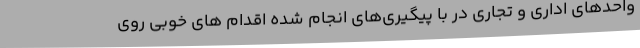
واحدهای اداری و تجاری در با پیگیری‌های انجام شده اقدام های خوبی روی